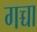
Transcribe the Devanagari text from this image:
गच्चा